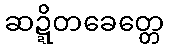
ဆဍ္ဍိတခေတ္တေ